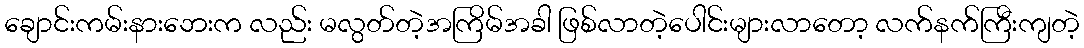
ချောင်းကမ်းနားဘေးက လည်း မလွတ်တဲ့အကြိမ်အခါ ဖြစ်လာတဲ့ပေါင်းများလာတော့ လက်နက်ကြီးကျတဲ့